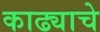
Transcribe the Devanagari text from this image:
काढ्याचे